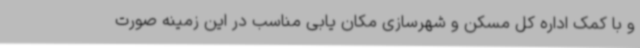
و با کمک اداره کل مسکن و شهرسازی مکان یابی مناسب در این زمینه صورت